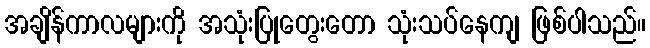
အချိန်ကာလများကို အသုံးပြုတွေးတော သုံးသပ်နေကျ ဖြစ်ပါသည်။